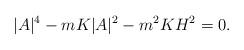
LaTeX: \begin{align*}|A|^4-mK|A|^2-m^2KH^2=0.\end{align*}